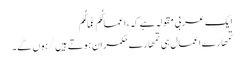
ایک عربی مقولہ ہے کہ، اعمالُکُم عُمالُکُم
تمھارے اعمال ہی تمھارے حکمران ہوتے ہیں/ ہوں گے۔